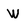
Character: W